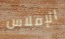
الإفلاس